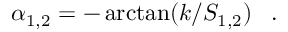
\alpha _ { 1 , 2 } = - \arctan ( k / S _ { 1 , 2 } ) \, \ \ .